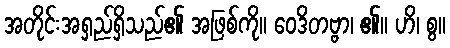
အတိုင်းအရှည်ရှိသည်၏ အဖြစ်ကို။ ဝေဒိတဗ္ဗာ၊ ၏။ ဟိ၊ စွ။